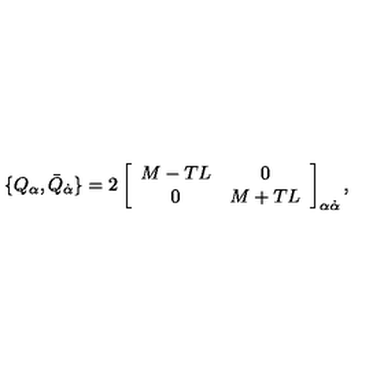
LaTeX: \{ Q _ { \alpha } , \bar { Q } _ { \dot { \alpha } } \} = 2 \left[ \begin{array} { c c } { M - T L } & { 0 } \\ { 0 } & { M + T L } \\ \end{array} \right] _ { \alpha \dot { \alpha } } ,